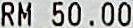
RM 50.00